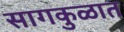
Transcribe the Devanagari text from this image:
सागकुळात